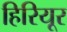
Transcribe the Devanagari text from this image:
हिरियूर